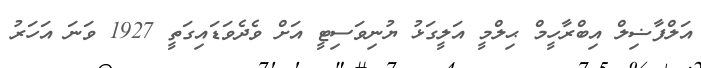
އަލްފާޟިލް އިބްރާހީމް ޙިލްމީ އަލީގަޅު ޔުނިވަސިޓީ އަށް ވެދެވަޑައިގަތީ 1927 ވަނަ އަހަރު